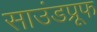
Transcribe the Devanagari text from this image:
साउंडप्रूफ